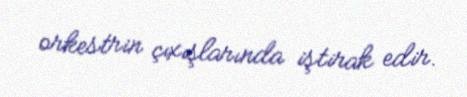
orkestrin çıxışlarında iştirak edir.